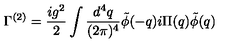
\Gamma ^ { ( 2 ) } = \frac { i g ^ { 2 } } { 2 } \int \frac { d ^ { 4 } q } { ( 2 \pi ) ^ { 4 } } \tilde { \phi } ( - q ) i \Pi ( q ) \tilde { \phi } ( q )